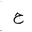
Letter: _ha